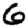
Digit: 6